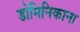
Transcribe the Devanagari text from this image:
डोमिनिकाना